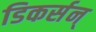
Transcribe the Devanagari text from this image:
डिकर्सन्